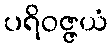
ပရိဝဇ္ဇယံ